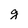
Character: g